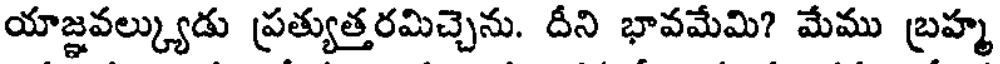
యాజ్ఞవల్క్యుడు ప్రత్యుత్తరమిచ్చెను. దీని భావమేమి? మేము బ్రహ్మ